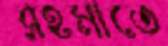
রহমাতে